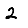
Digit: 2